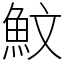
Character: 魰